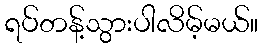
ရပ်တန့်သွားပါလိမ့်မယ်။